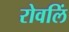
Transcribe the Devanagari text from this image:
रोवलिं